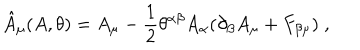
\hat { A } _ { \mu } ( A , \theta ) = A _ { \mu } - \frac { 1 } { 2 } \theta ^ { \alpha \beta } A _ { \alpha } ( \partial _ { \beta } A _ { \mu } + F _ { \beta \mu } ) \; ,